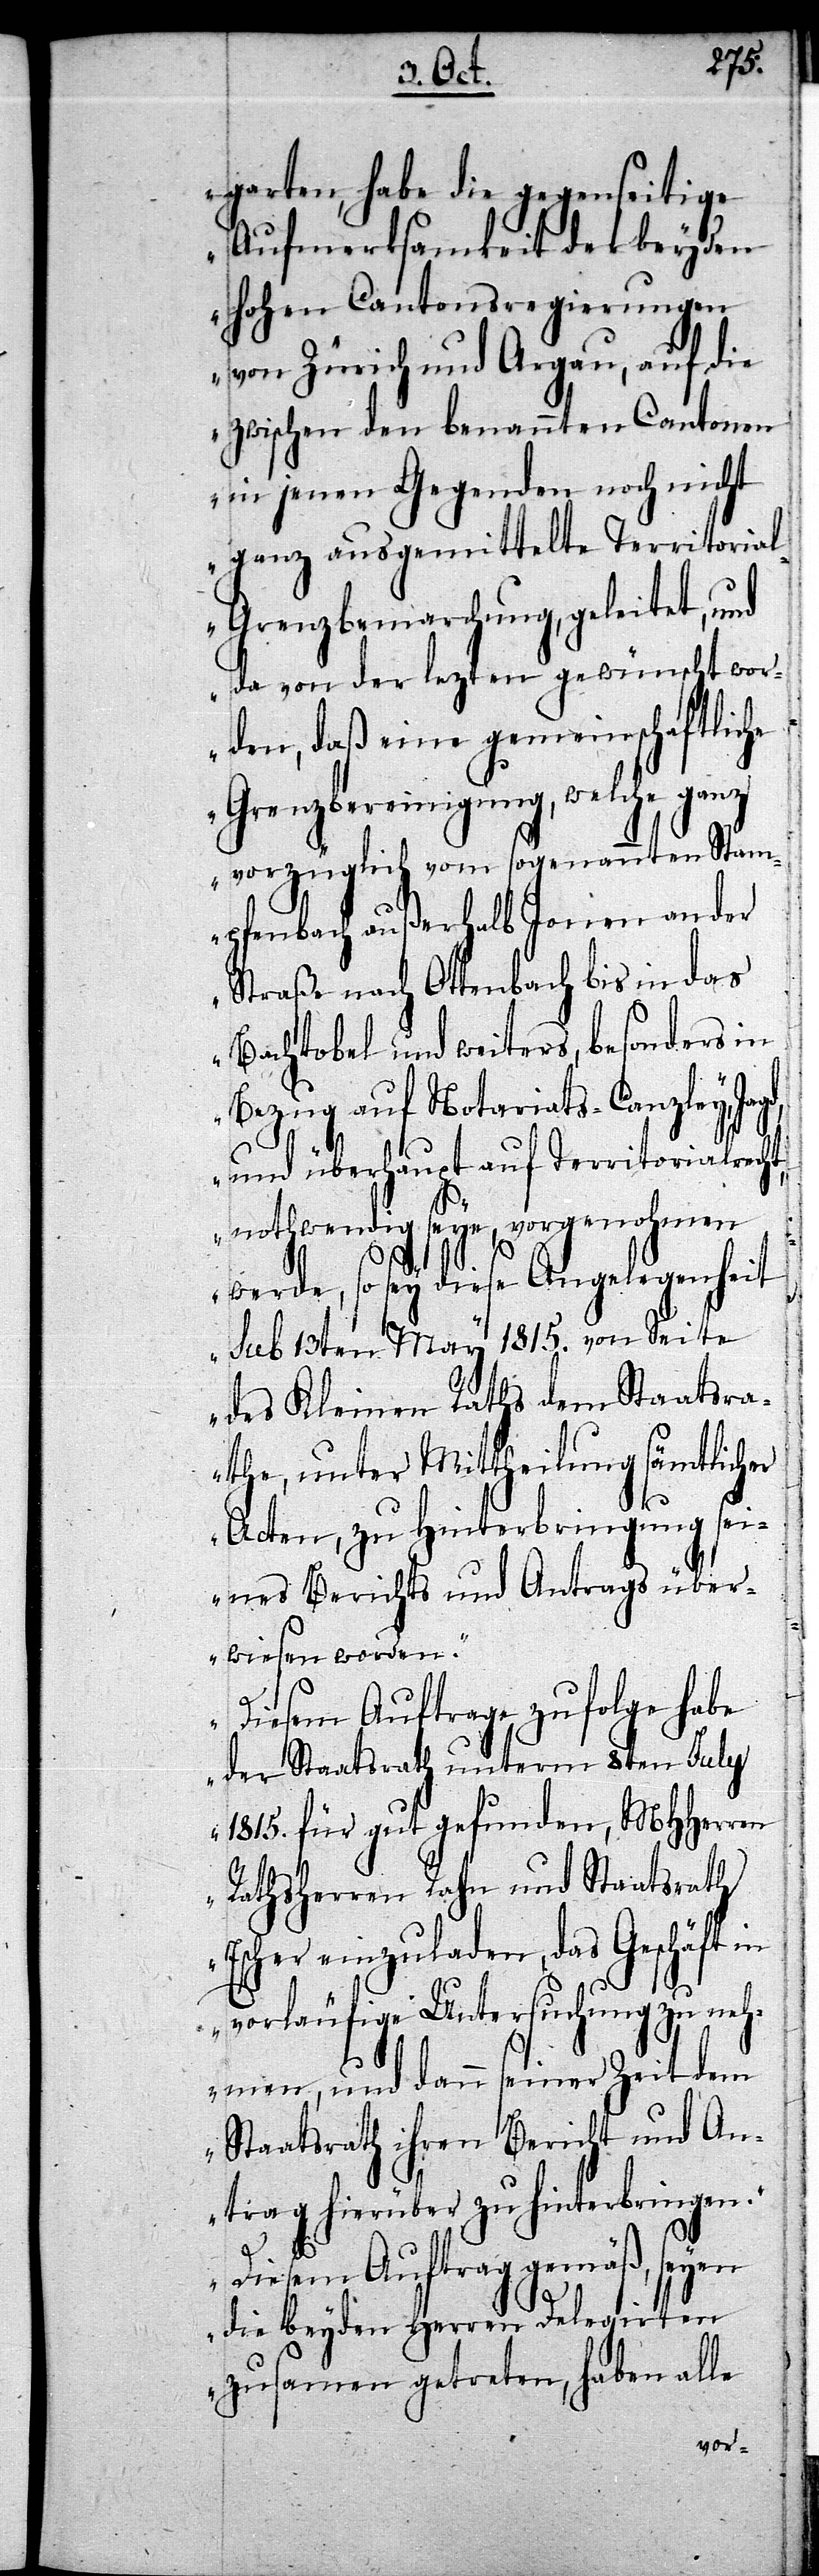
garten, habe die gegenseitige
Aufmerksamkeit der bey den
hohen Cantonsregierungen
von Zürich und Argau, auf die
zwischen den benannten Cantonen
in jenen Gegenden noch nicht
ganz ausgemittelte Territoria¬
l-Grenzbemarchung, geleitet, und
da von der lezten gewünscht wor¬
den, daß eine gemeinschaftliche
Grenzbereinigung, welche ganz
vorzüglich vom sogenannten Stam¬
pfenbach außerhalb Jonen an der
Straße nach Ottenbach bis in das
Bachtobel und weiters, besonders in
Bezug auf Notariats-Canzley,
und überhaupt auf Territorialrecht,
nothwendig seye, vorgenohmen
werde, so sey diese Angelegenheit
sub 13ten May 1815. von Seite
des Kleinen Raths dem Staatsra¬
the, unter Mittheilung sämtlicher
Acten, zu Hinterbringung s¬
eines Berichts und Antrags über¬
wiesen worden.
Diesem Auftrage zufolge habe
der Staatsrath unterm 8ten July
1815. für gut gefunden, MHHerren
Rathsherren Rahn und Staatsrath
Escher einzuladen, das Geschäft in
vorläufige Untersuchung zu neh¬
men, und dann seiner Zeit dem
Staatsrath ihren Bericht und An¬
trag hierüber zu hinterbringen.
Diesem Auftrag gemäß, seyen
die beyden Herren Delegirten
zusamen getreten, haben alle